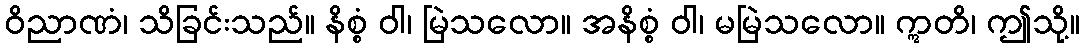
ဝိညာဏံ၊ သိခြင်းသည်။ နိစ္စံ ဝါ၊ မြဲသလော။ အနိစ္စံ ဝါ၊ မမြဲသလော။ ဣတိ၊ ဤသို့။